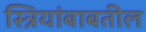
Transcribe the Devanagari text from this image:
स्त्रियांबाबतील